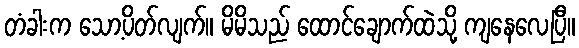
တံခါးက သော့ပိတ်လျက်။ မိမိသည် ထောင်ချောက်ထဲသို့ ကျနေလေပြီ။